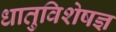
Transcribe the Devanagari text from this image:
धातुविशेषज्ञ